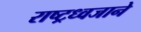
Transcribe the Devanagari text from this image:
राष्ट्रध्वजाने